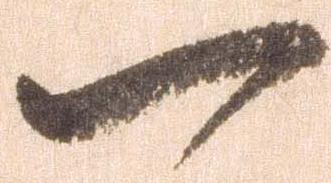
一